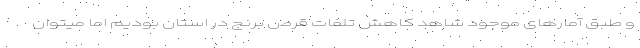
و طبق آمارهای موجود شاهد کاهش تلفات قرص برنج در استان بودیم اما میتوان